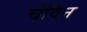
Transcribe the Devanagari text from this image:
चेविन